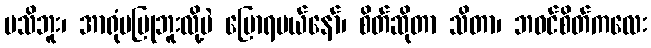
မသိဘူး၊ အာရုံမပြုဘူးလို့ပဲ ပြောရမယ်နော်၊ စိတ်ဆိုတာ သိတာ၊ ဘဝင်စိတ်ကလေး